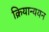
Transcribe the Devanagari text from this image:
क्रियान्ययन